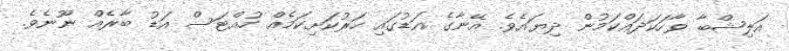
އަލިޝްބާ ވާހަކަދައްކަމުން ދިޔައެވެ. އޭނާގެ އަޑުގައި ހަރުކަށިކަމެއް ހުއްޓަސް އަޑު ބާރެއް ނޫނެވެ.